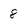
Character: 8